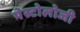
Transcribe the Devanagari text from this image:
पेस्टोलोजी